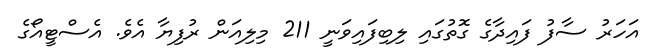
އަހަރު ސާފު ފައިދާގެ ގޮތުގައި ލިބިފައިވަނީ 211 މިލިއަން ރުފިޔާ އެވެ. އެސްޓީއޯގެ